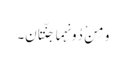
وَ مِنْ دُونِہِما جَنَّتانِ۔